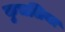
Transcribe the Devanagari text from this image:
कुचलिया